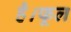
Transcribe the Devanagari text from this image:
है।फूल